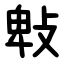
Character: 㪏